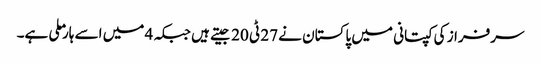
سرفراز کی کپتانی میں پاکستان نے 27 ٹی 20 جیتے ہیں جبکہ 4 میں اسے ہار ملی ہے۔